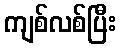
ကျစ်လစ်ပြီး